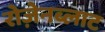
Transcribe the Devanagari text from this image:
रोज़ेनब्लाट